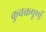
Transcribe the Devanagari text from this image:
कुचक्रपूर्ण